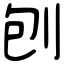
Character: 刨